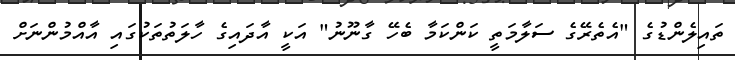
ތައިލެންޑުގެ "އެތެރޭގެ ސަލާމަތީ ކަންކަމާ ބެހޭ ގާނޫނު" އަކީ އާދައިގެ ހާލަތުތަކުގައި އާއްމުންނަށް